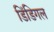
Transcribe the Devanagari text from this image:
डिंडिगल